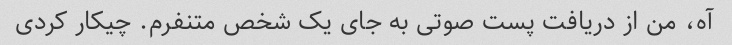
آه، من از دریافت پست صوتی به جای یک شخص متنفرم. چیکار کردی